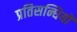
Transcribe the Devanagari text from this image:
प्रतिसन्धियों